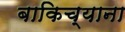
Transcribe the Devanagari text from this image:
बाकिच्याना